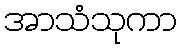
အာသံသုကာ